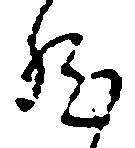
然